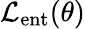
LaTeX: \mathcal{L}_{\mathrm{ent}}(\theta)